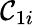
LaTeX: \mathcal{C}_{1i}